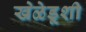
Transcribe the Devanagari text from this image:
खेळेडूशी